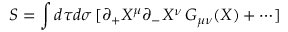
S = \int d \tau d \sigma \, [ \partial _ { + } X ^ { \mu } \partial _ { - } X ^ { \nu } \, G _ { \mu \nu } ( X ) + \cdots ]